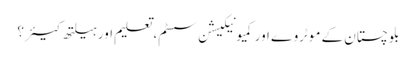
بلوچستان کے موٹروے اور کمیونیکیشن سسٹم، تعلیم اور ہیلتھ کیئر ؟